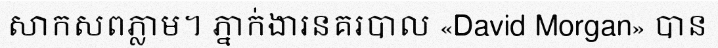
សាកសពភ្លាម។ ភ្នាក់ងារនគរបាល «David Morgan» បាន